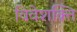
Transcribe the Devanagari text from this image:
विवेशक्ति